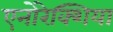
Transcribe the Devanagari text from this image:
एनोरेक्शिया